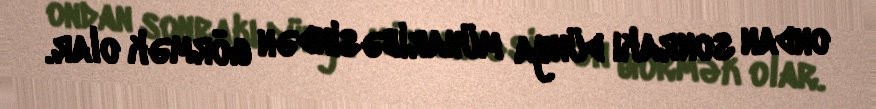
ondan sonrakı dünya müharibəsindən görmək olar.